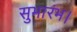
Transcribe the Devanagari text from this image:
सुभारंभ।